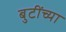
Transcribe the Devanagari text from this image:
बुटींच्या